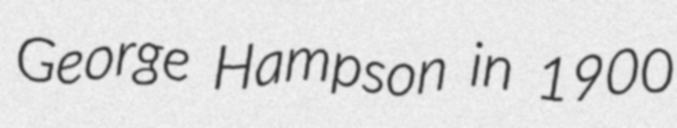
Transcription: George Hampson in 1900